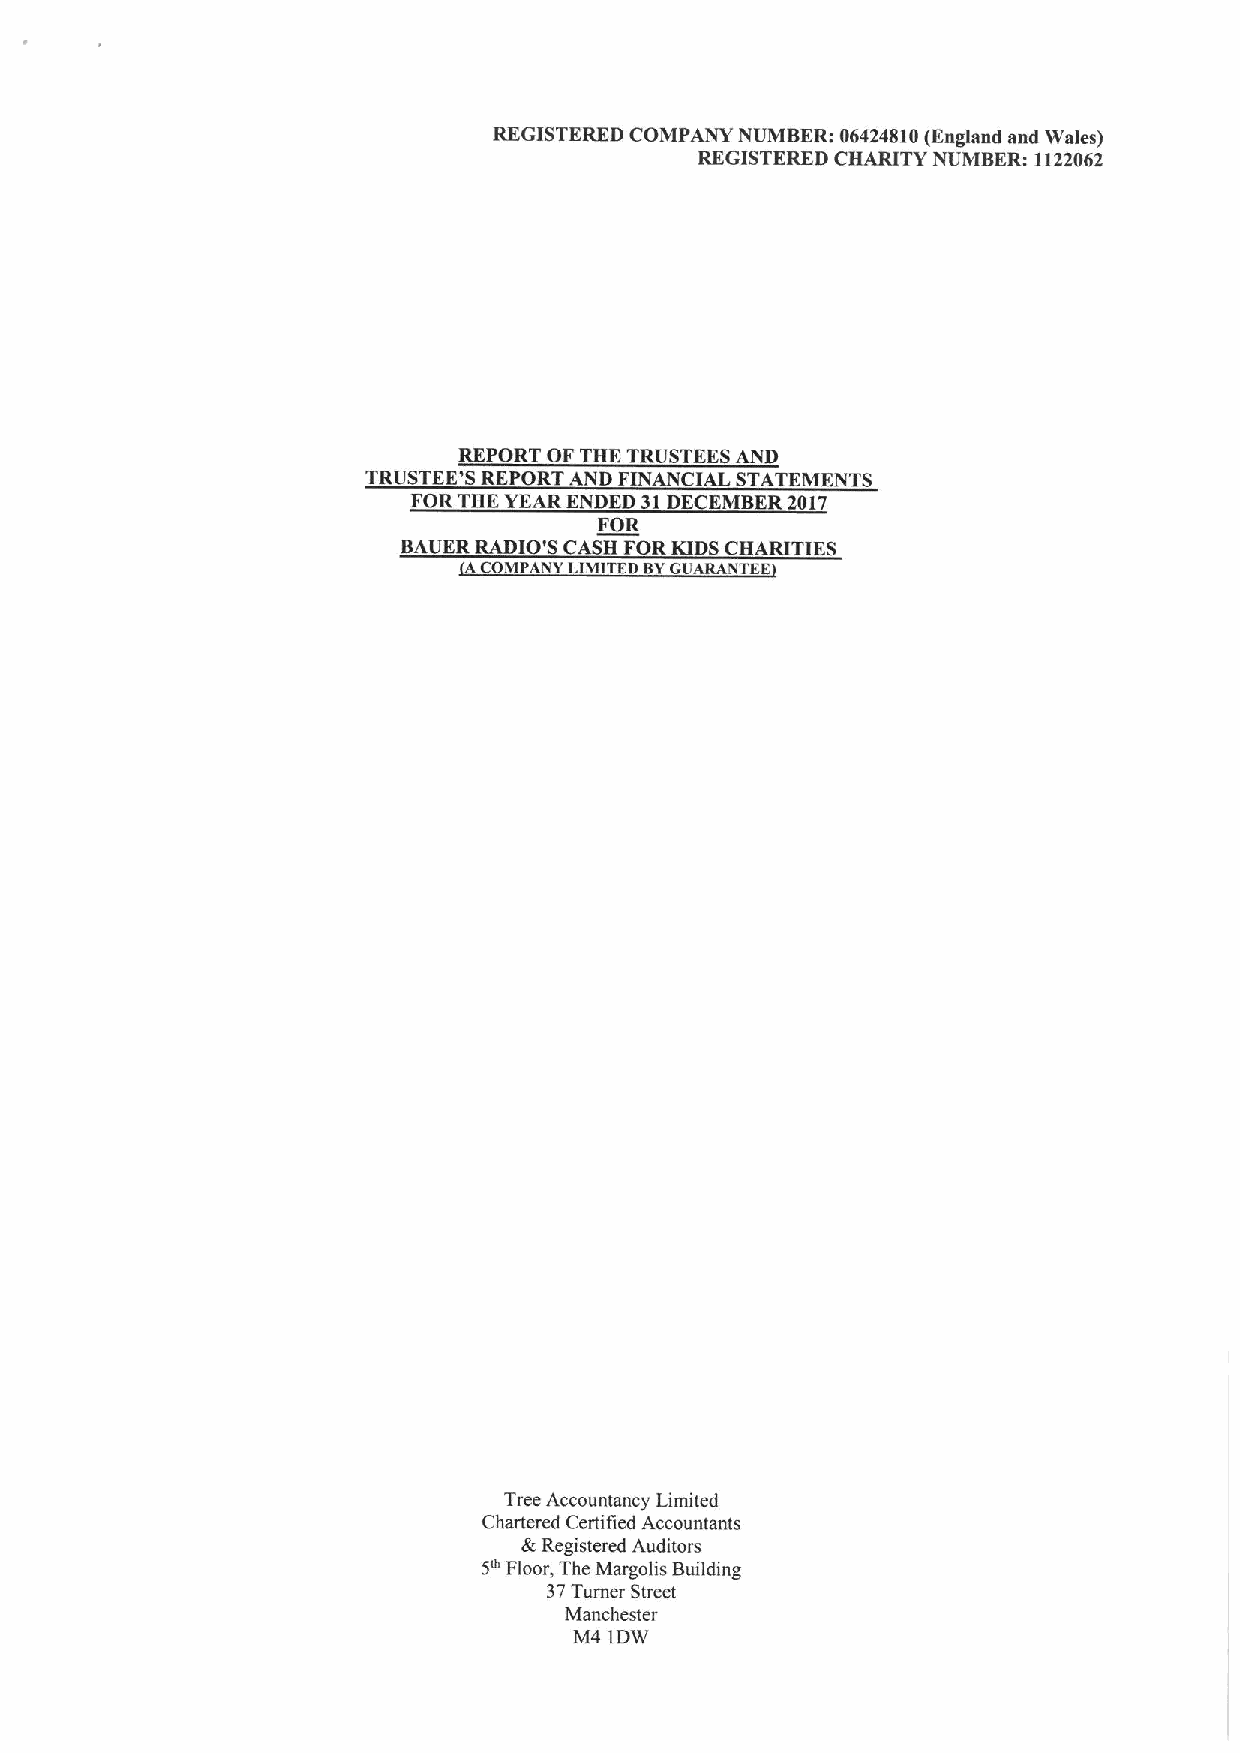
REGISTERED COMPANY NUMBER: 06424810(England and Wales)
 REGISTERED CHARITY NUMBER: 1122062
 REPORT OF THE TRUSTEES AND
 TRUSTEE'S REPORT AND FINANCIAL STATEMENTS
 FORTHE YEAR ENDED 31DECEMBER 2017
 FOR
 BAUER RADIO'S CASH FORKIDSCHARITIES
 ACOMPANY LIMITED BYGUARANTEE
 Tree Accountancy Limited
 Chartered Certified Accountants
 &Registered Auditors
 SaFloor, The Margolis Building
 37Turner Street
 Manchester
 M4 IDW